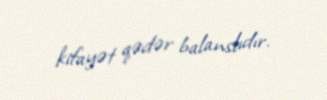
kifayət qədər balanslıdır.